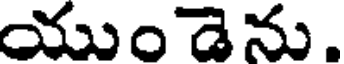
యుండెను.